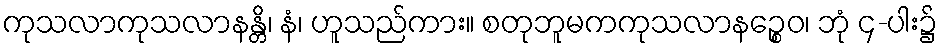
ကုသလာကုသလာနန္တိ၊ နံ၊ ဟူသည်ကား။ စတုဘူမကကုသလာနဉ္စေဝ၊ ဘုံ ၄-ပါး၌